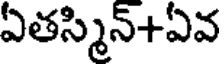
ఏతస్మిన్+ఏవ